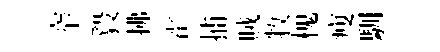
窄毅拂霍捕賊牧槐瘦馴